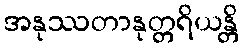
အနုဿတာနုတ္တရိယန္တိ